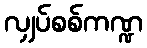
လျှပ်စစ်ကဏ္ဍ